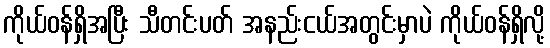
ကိုယ်ဝန်ရှိအပြီး သီတင်းပတ် အနည်းငယ်အတွင်းမှာပဲ ကိုယ်ဝန်ရှိလို့